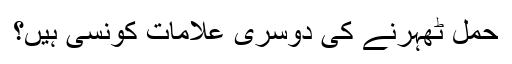
حمل ٹھہرنے کی دوسری علامات کونسی ہیں؟